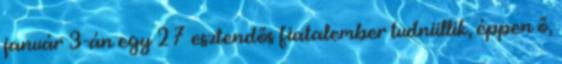
január 3-án egy 27 esztendős fiatalember tudniillik, éppen ő,